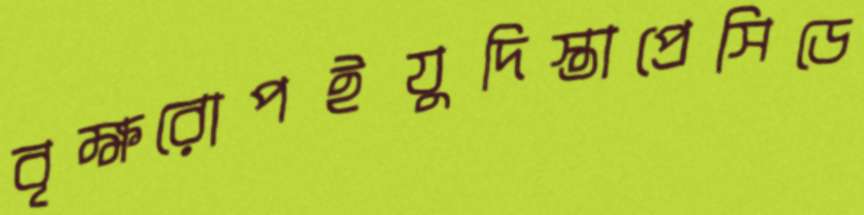
বৃক্ষরোপইযুদিস্তাপ্রেসিডে